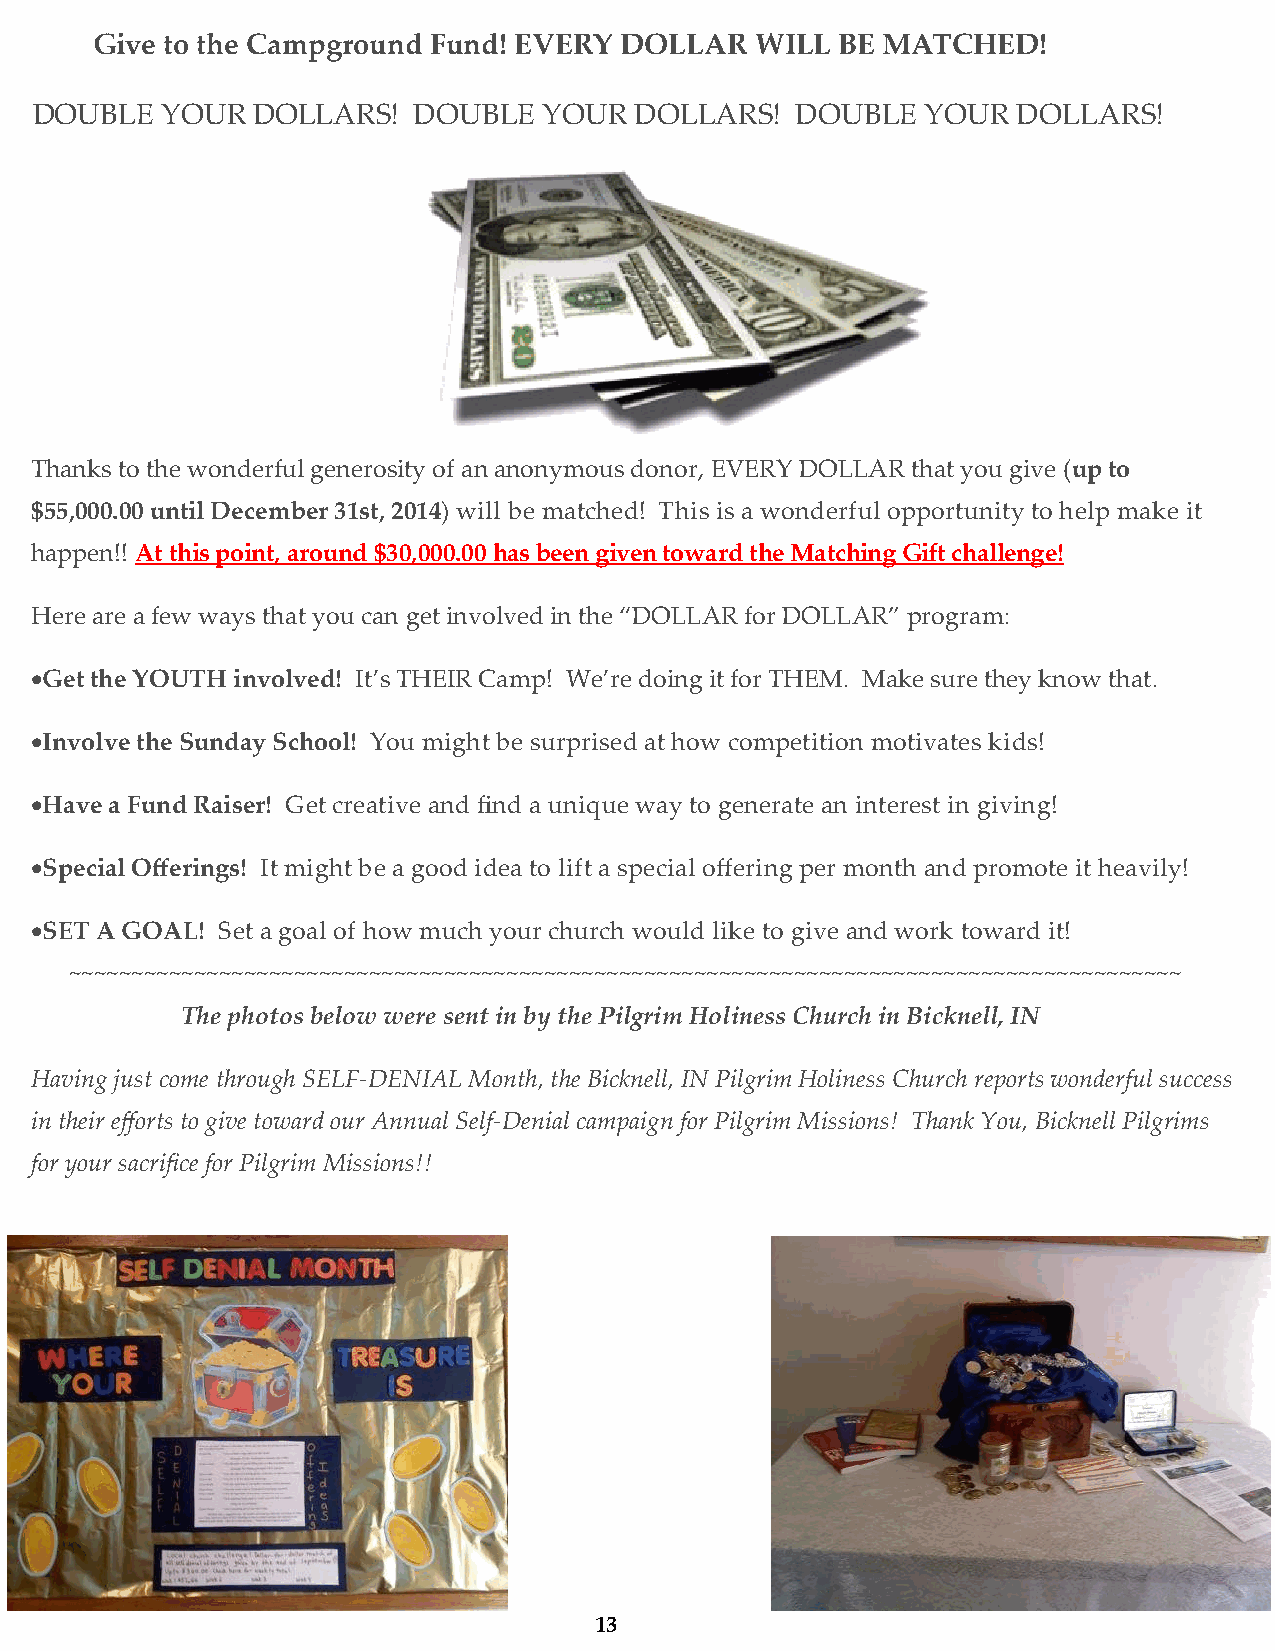
Give to the Campground Fund! EVERY DOLLAR   WILL  BE MATCHED!
 DOUBLE   YOUR  DOLLARS!  DOUBLE   YOUR  DOLLARS!   DOUBLE  YOUR  DOLLARS!
 Thanks to the wonderful generosity of an anonymous donor, EVERY DOLLAR that you give (up to
 $55,000.00 until December 31st, 2014) will be matched! This is a wonderful opportunity to help make it
 happen!! At this point, around $30,000.00 has been given toward the Matching Gift challenge!
 Here are a few ways that you can get involved in the “DOLLAR for DOLLAR” program:
 Get the YOUTH involved! It’s THEIR Camp! We’re doing it for THEM. Make sure they know that.
 Involve the Sunday School! You might be surprised at how competition motivates kids!
 Have a Fund Raiser! Get creative and find a unique way to generate an interest in giving!
 Special Offerings! It might be a good idea to lift a special offering per month and promote it heavily!
 SET A GOAL! Set a goal of how much your church would like to give and work toward it!
 ~~~~~~~~~~~~~~~~~~~~~~~~~~~~~~~~~~~~~~~~~~~~~~~~~~~~~~~~~~~~~~~~~~~~~~~~~~~~~~~~~~~~~~~~~
 The photos below were sent in by the Pilgrim Holiness Church in Bicknell, IN
 Having just come through SELF-DENIAL Month, the Bicknell, IN Pilgrim Holiness Church reports wonderful success
 in their efforts to give toward our Annual Self-Denial campaign for Pilgrim Missions! Thank You, Bicknell Pilgrims
 for your sacrifice for Pilgrim Missions!!
 13